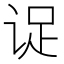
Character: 𬣹